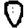
Digit: 0